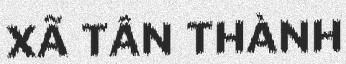
XÃ TÂN THÀNH